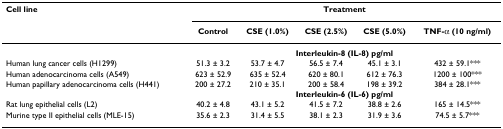
| Cell line | <COLSPAN=5> Treatment |
 |  | Control | CSE (1.0%) | CSE (2.5%) | CSE (5.0%) | TNF-α (10 ng/ml) |
 | --- | --- | --- | --- | --- | --- |
 |  | <COLSPAN=5> Interleukin-8 (IL-8) pg/ml |
 | Human lung cancer cells (H1299) | 51.3 ± 3.2 | 53.7 ± 4.7 | 56.5 ± 7.4 | 45.1 ± 3.1 | 432 ± 59.1*** |
 | Human adenocarcinoma cells (A549) | 623 ± 52.9 | 635 ± 52.4 | 620 ± 80.1 | 612 ± 76.3 | 1200 ± 100*** |
 | Human papillary adenocarcinoma cells (H441) | 200 ± 27.2 | 210 ± 35.1 | 200 ± 58.4 | 198 ± 39.2 | 384 ± 28.1*** |
 |  | <COLSPAN=5> Interleukin-6 (IL-6) pg/ml |
 | Rat lung epithelial cells (L2) | 40.2 ± 4.8 | 43.1 ± 5.2 | 41.5 ± 7.2 | 38.8 ± 2.6 | 165 ± 14.5*** |
 | Murine type II epithelial cells (MLE-15) | 35.6 ± 2.3 | 31.4 ± 5.5 | 38.1 ± 2.3 | 31.9 ± 3.6 | 74.5 ± 5.7*** |